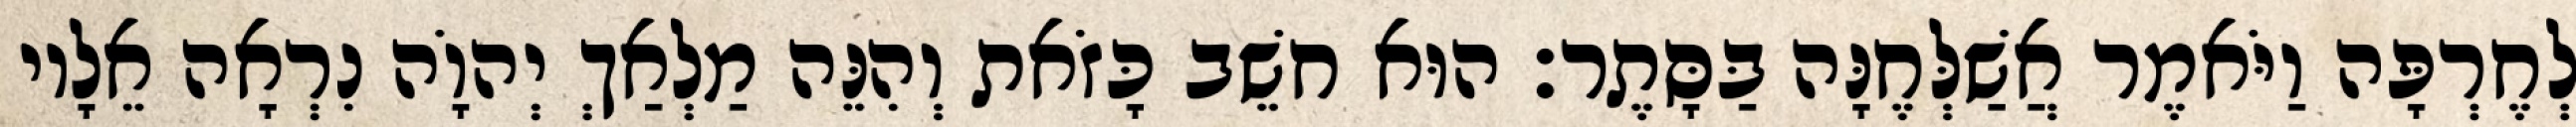
לְחֶרְפָּה וַיֹּאמֶר אֲשַׁלְּחֶנָּה בַּסָּתֶר׃ הוּא חשֵׁב כָּזֹאת וְהִנֵּה מַלְאַךְ יְהוָֹה נִרְאָה אֵלָיו